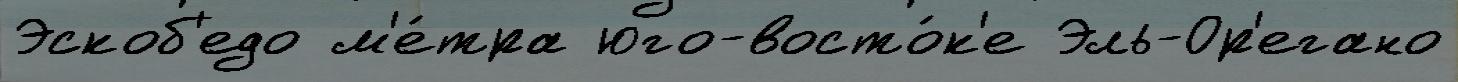
Эскоб'едо м'е́тра юго-восто́к'е Эль-Ор'егано